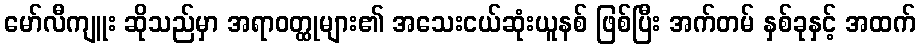
မော်လီကျူး ဆိုသည်မှာ အရာဝတ္ထုများ၏ အသေးငယ်ဆုံးယူနစ် ဖြစ်ပြီး အက်တမ် နှစ်ခုနှင့် အထက်